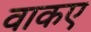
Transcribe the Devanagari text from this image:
वाकए